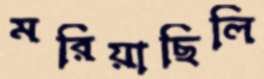
মরিয়াছিলি